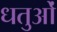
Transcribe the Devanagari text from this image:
धतुओं